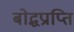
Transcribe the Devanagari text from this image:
बोद्धप्राप्ति